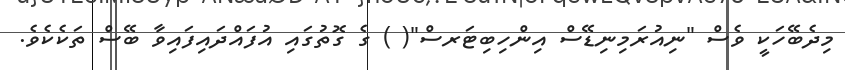
މިދެބޭހަކީ ވެސް "ނިއުރަމިނިޑޭސް އިންހިބިޓަރސް"( ) ގެ ގޮތުގައި އުފައްދައިފައިވާ ބޭސް ތަކެކެވެ.